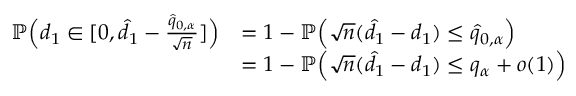
\begin{array} { r l } { \mathbb { P } \Big ( d _ { 1 } \in [ 0 , \hat { d } _ { 1 } - \frac { \hat { q } _ { 0 , \alpha } } { \sqrt { n } } ] \Big ) } & { = 1 - \mathbb { P } \Big ( \sqrt { n } ( \hat { d } _ { 1 } - d _ { 1 } ) \leq \hat { q } _ { 0 , \alpha } \Big ) } \\ & { = 1 - \mathbb { P } \Big ( \sqrt { n } ( \hat { d } _ { 1 } - d _ { 1 } ) \leq q _ { \alpha } + o ( 1 ) \Big ) } \end{array}